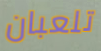
تلعبان